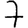
Digit: 7